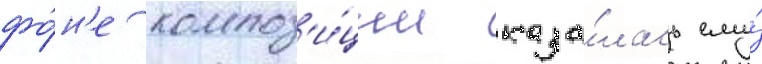
фо́н'е композ'и́ции каза́лась ему́